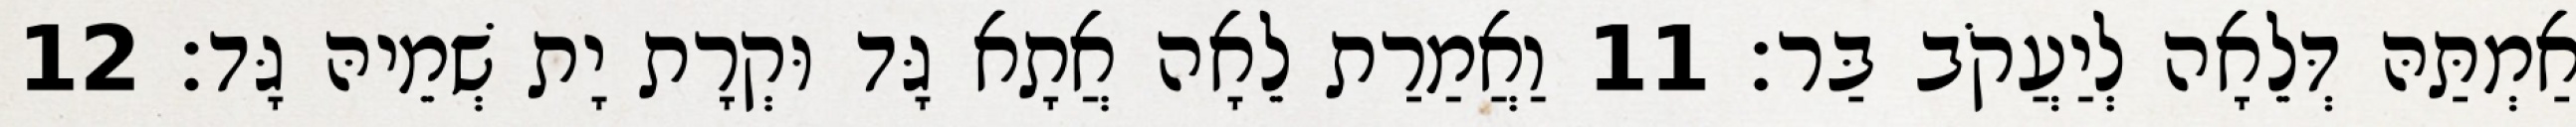
אַמְתַּהּ דְּלֵאָה לְיַעֲקֹב בַּר׃ 11 וַאֲמַרַת לֵאָה אֲתָא גָּד וּקְרָת יָת שְׁמֵיהּ גָּד׃ 12